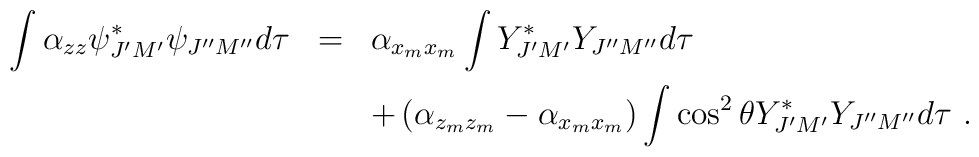
\begin{array}{rcl}\displaystyle\int \alpha_{zz}{\psi}^\ast_{J^\prime M^\prime}{\psi}_{J^{\prime\prime}M^{\prime\prime}}d\tau&=&\alpha_{x_mx_m}\displaystyle\int Y^\ast_{J^\prime M^\prime}   Y_{J^{\prime\prime}M^{\prime\prime}}d\tau\\[3mm]& &+\left(\alpha_{z_mz_m}-\alpha_{x_mx_m}\right)\displaystyle   \int\cos^2\theta Y^\ast_{J^\prime M^\prime}   Y_{J^{\prime\prime} M^{\prime\prime}}d\tau~.\end{array}